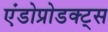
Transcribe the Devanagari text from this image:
एंडोप्रोडक्ट्स